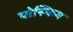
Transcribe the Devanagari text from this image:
पोस्किम